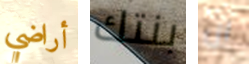
أراضي بنتك ان